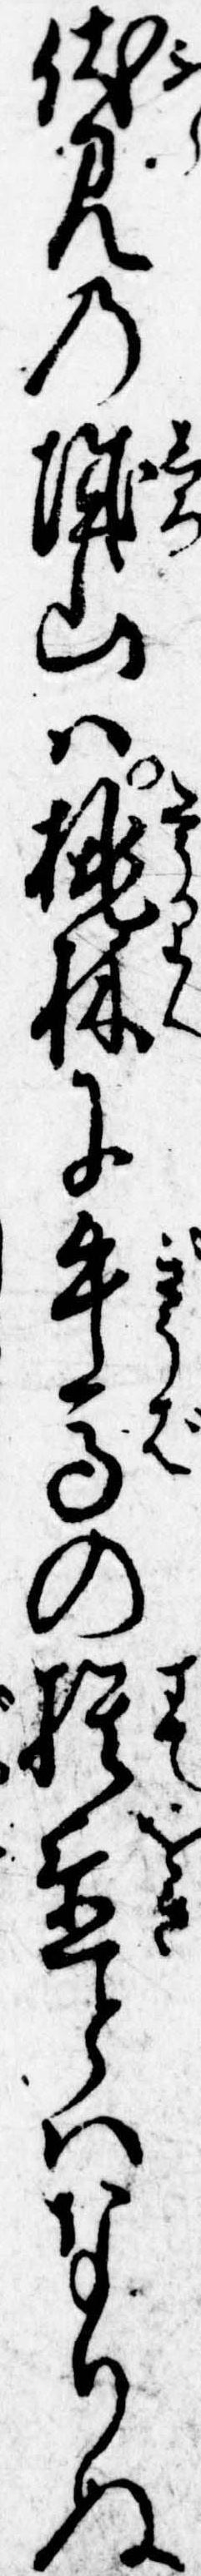
伏見の城山は桃林に牛馬の捨置とはなりぬ